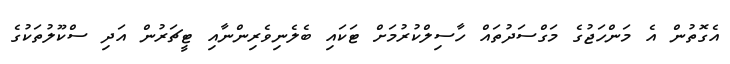
އެގޮތުން އެ މަންހަޖުގެ މަގްސަދުތައް ހާސިލްކުރުމަށް ޓަކައި ބެލެނިވެރިންނާއި ޓީޗަރުން އަދި ސްކޫލުތަކުގެ